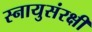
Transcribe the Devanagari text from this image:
स्नायुसंरक्षी